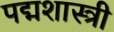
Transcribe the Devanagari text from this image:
पद्मशास्त्री